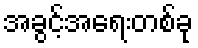
အခွင့်အရေးတစ်ခု